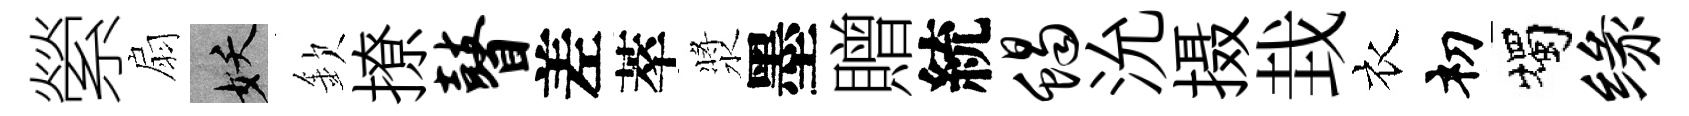
縈扇妖欽撩瞽差萃漿墨贈統蝎沇摄㘽衣𥘉燭缘